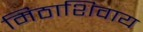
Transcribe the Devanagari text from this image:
मिठाशिवाय